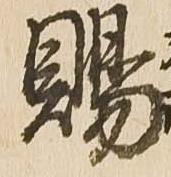
賜